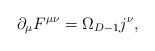
\begin{align*}\partial _{\mu }F^{\mu \nu }=\Omega _{D-1}j^{\nu }, \end{align*}